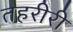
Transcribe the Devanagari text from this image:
तहरीरी